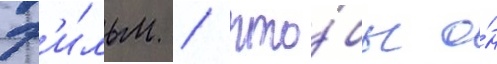
ф'и́льм / что́бы о́н